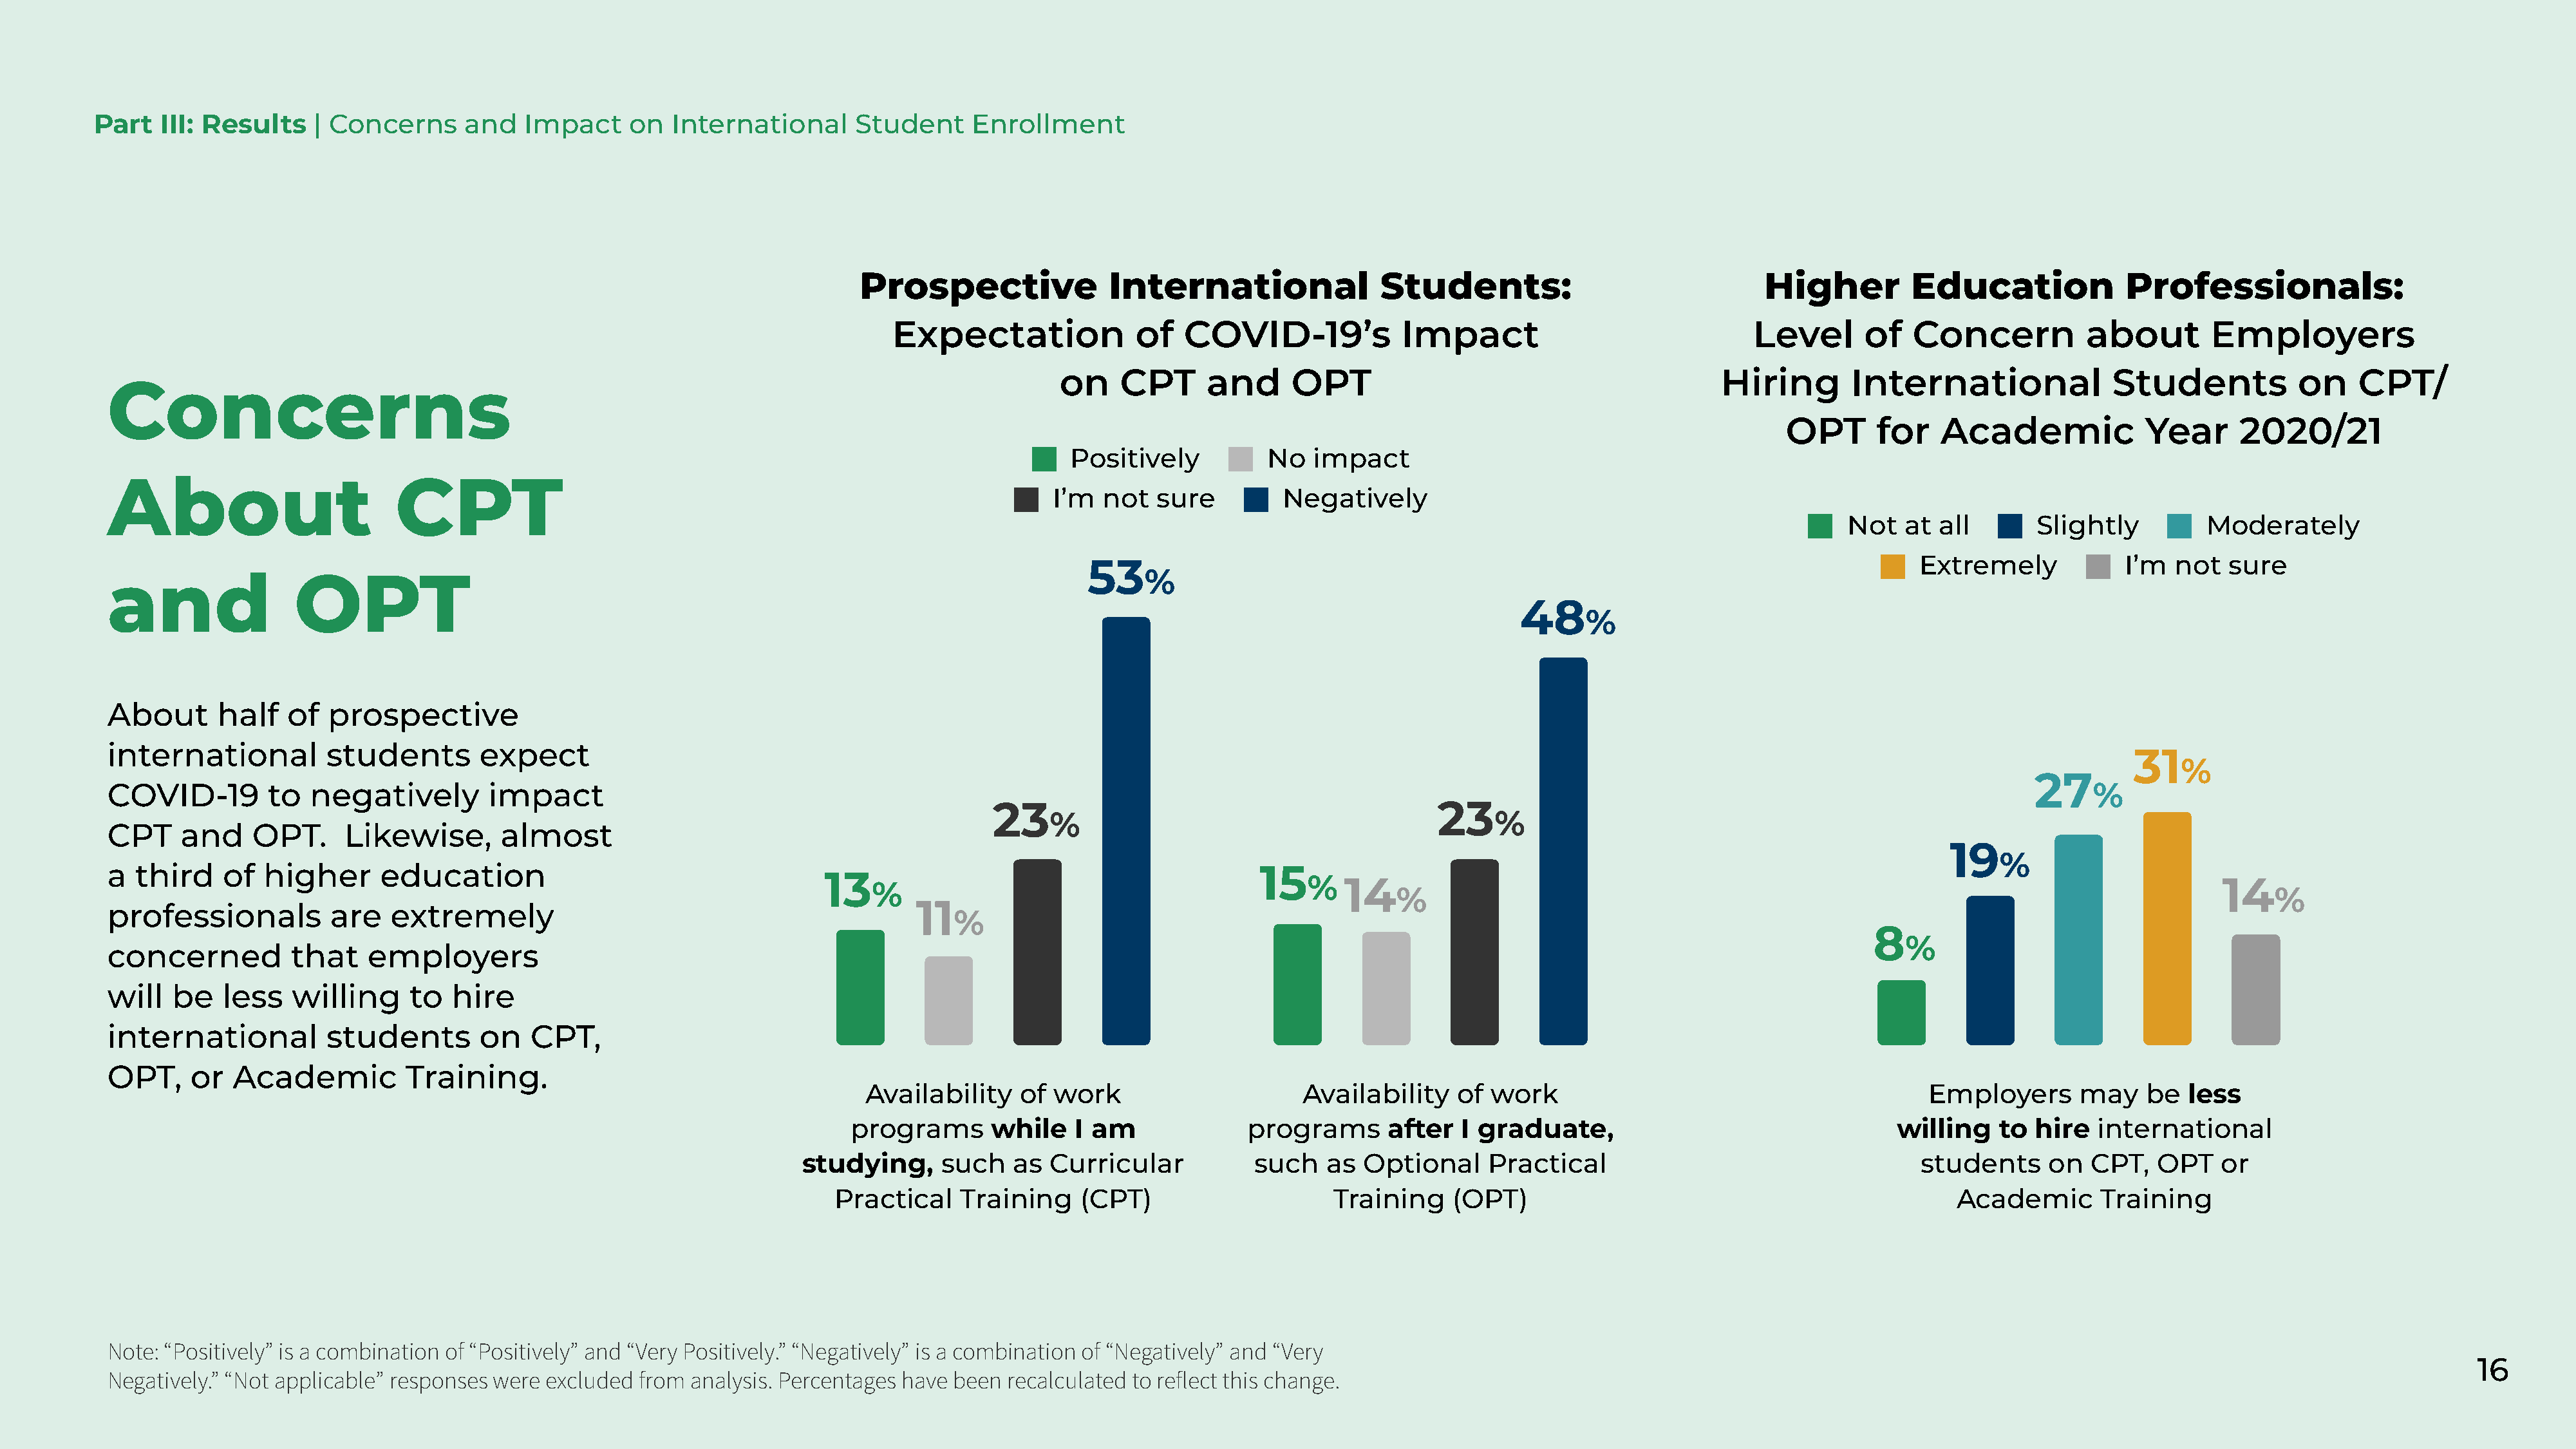
Part   III: Results   | Concerns      and   Impact     on  International      Student     Enrollment
 Prospective               International               Students:                              Higher         Education             Professionals:
 Expectation              of   COVID-19’s            Impact                              Level       of   Concern          about        Employers
 on    CPT      and      OPT                                         Hiring       International              Students           on    CPT/
 Concerns
 OPT      for   Academic              Year     2020/21
 Positively          No   impact
 About                         CPT
 I’m  not   sure         Negatively
 Not   at all       Slightly          Moderately
 53                                                                                   Extremely            I’m   not  sure
 %
 and                OPT
 48
 %
 About      half    of  prospective
 international          students       expect
 31
 %
 27
 COVID-19         to  negatively        impact                                                                                                                                                               %
 23                                            23
 %                                             %
 CPT     and    OPT.     Likewise,       almost
 19
 %
 a  third    of  higher      education                                                                                 15
 13                                               %   14                                                                                        14
 %
 %                                                                                         %
 11
 professionals          are   extremely
 %
 8
 %
 concerned          that    employers
 will   be   less   willing     to  hire
 international          students       on    CPT,
 OPT,     or  Academic          Training.
 Availability    of work                      Availability    of work                                         Employers       may    be  less
 programs       while    I am             programs       after  I graduate,                                  willing    to hire   international
 studying,      such   as  Curricular           such   as  Optional     Practical                                   students      on  CPT,   OPT   or
 Practical    Training    (CPT)                     Training    (OPT)                                               Academic       Training
 Note: “Positively” is a combination of “Positively” and “Very Positively.” “Negatively” is a combination of “Negatively” and “Very
 16
 Negatively.” “Not applicable” responses were excluded  from analysis. Percentages have been  recalculated to reflect this change.